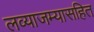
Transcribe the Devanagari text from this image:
लव्याजम्यासहित